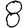
Digit: 8